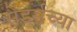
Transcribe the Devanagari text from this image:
सेंडर्सच्या